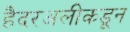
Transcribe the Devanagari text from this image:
हैदरअलीकडून